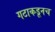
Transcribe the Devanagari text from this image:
गटाकडूनच